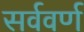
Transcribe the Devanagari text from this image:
सर्ववर्ण